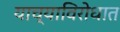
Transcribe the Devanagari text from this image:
याच्याविरोधात